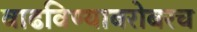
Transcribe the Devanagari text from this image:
वाढविण्याबरोबरच